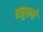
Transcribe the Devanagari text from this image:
श्त्रूरुचे